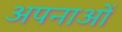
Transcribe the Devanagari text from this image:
अपनाओं